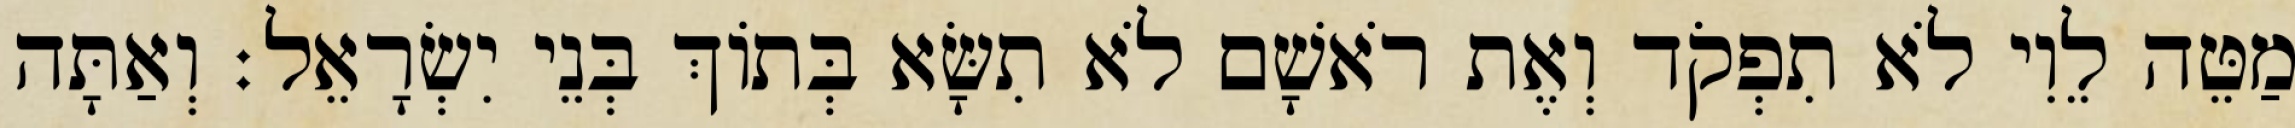
מַטֵּה לֵוִי לֹא תִפְקֹד וְאֶת רֹאשָׁם לֹא תִשָּׂא בְּתוֹךְ בְּנֵי יִשְׂרָאֵל׃ וְאַתָּה